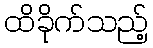
ထိခိုက်သည့်